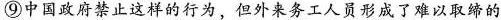
⑨中国政府禁止这样的行为，但外来务工人员形成了难以取缔的